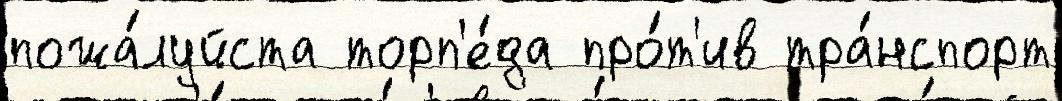
пожа́луйста торп'е́да про́т'ив тра́нспорт